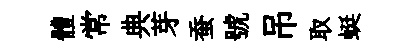
體常典芽蚕號吊取蜓